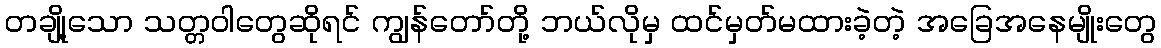
တချို့သော သတ္တဝါတွေဆိုရင် ကျွန်တော်တို့ ဘယ်လိုမှ ထင်မှတ်မထားခဲ့တဲ့ အခြေအနေမျိုးတွေ